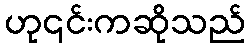
ဟု၎င်းကဆိုသည်